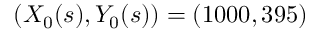
( X _ { 0 } ( s ) , Y _ { 0 } ( s ) ) = ( 1 0 0 0 , 3 9 5 )